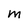
Character: M